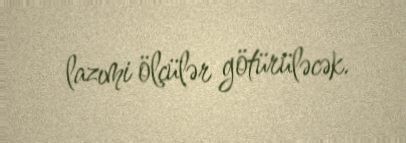
lazımi ölçülər götürüləcək.